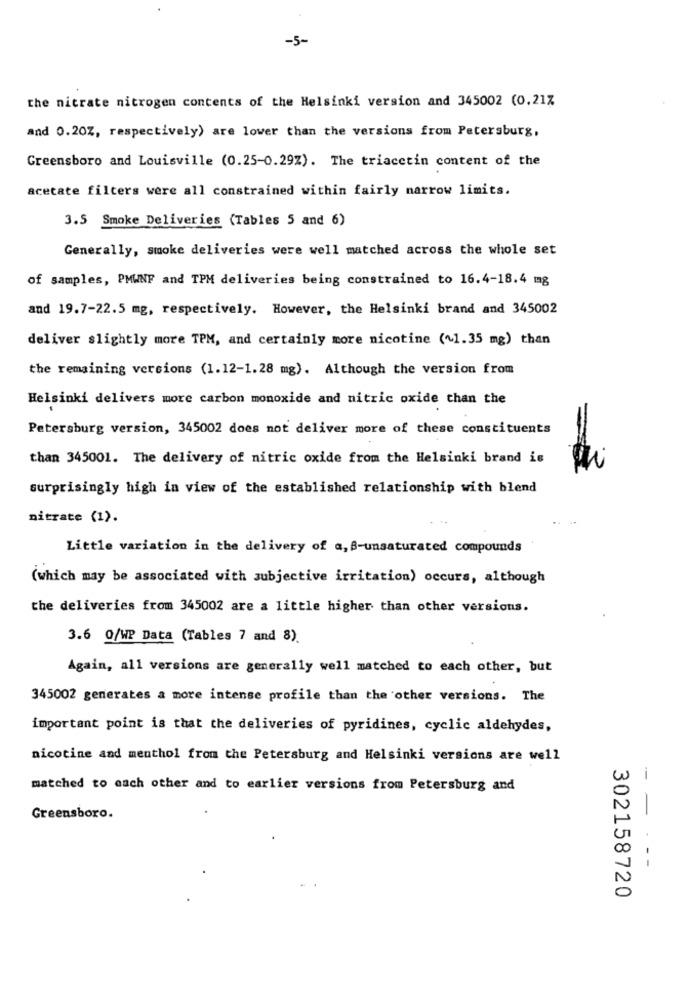
-5-
the nitrate nitrogen contents of the Helsinki version and 345002 (0.21%
and 0.20%, respectively) are lower than the versions from Petersburg,
Greensboro and Louisville (0.25-0.29%). The triacctin content of the
acetate filters were all constrained within fairly narrow limits.
3.5 Smoke Deliveries (Tables 5 and 6)
Generally, smoke deliveries were well matched across the whole set
of samples, PMWNF and TPM deliveries being constrained to 16.4-18.4 mg
and 19.7-22.5 mg, respectively. However, the Helsinki brand and 345002
deliver slightly more TPM, and certainly more nicotine (~1.35 mg) than
the remaining versions (1.12-1.28 mg). Although the version from
Helsinki delivers more carbon monoxide and nitric oxide than the
Petersburg version, 345002 does not deliver more of these constituents
than 345001. The delivery of nitric oxide from the Helsinki brand is
surprisingly high in view of the established relationship with blend
nitrate (1).
Little variation in the delivery of a, B-unsaturated compounds
(which may be associated with subjective irritation) occurs, although
the deliveries from 345002 are a little higher than other versions.
3.6 0/WP Data (Tables 7 and 8).
Again, all versions are generally well matched to each other, but
345002 generates a more intense profile than the other versions. The
important point is that the deliveries of pyridines, cyclic aldehydes,
nicotine and menthol from the Petersburg and Helsinki versions are well
-
matched to each other and to earlier versions from Petersburg and
-
Greensboro.
302158720